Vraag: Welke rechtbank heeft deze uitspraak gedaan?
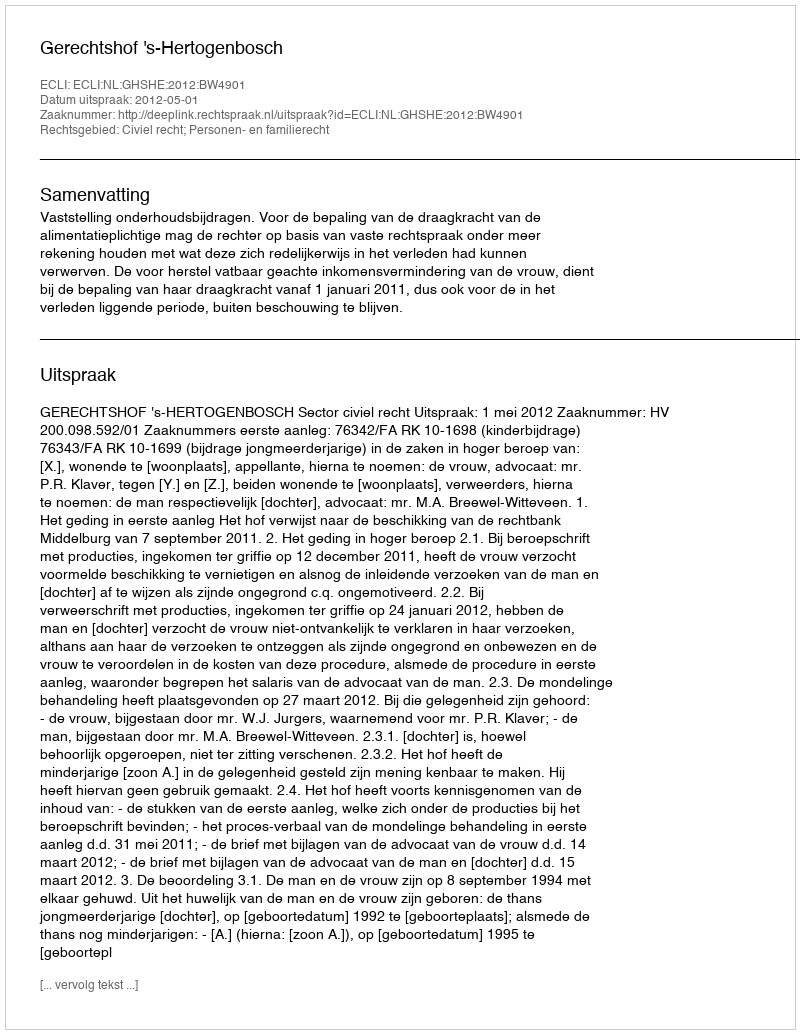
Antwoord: Gerechtshof 's-Hertogenbosch